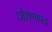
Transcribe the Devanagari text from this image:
धोशणापत्र